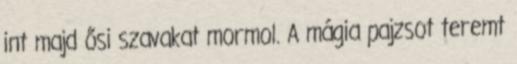
int majd ősi szavakat mormol. A mágia pajzsot teremt